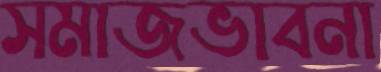
সমাজভাবনা